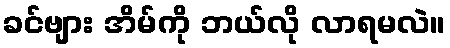
ခင်ဗျား အိမ်ကို ဘယ်လို လာရမလဲ။